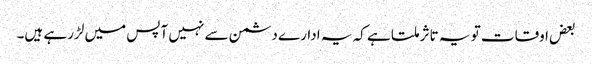
بعض اوقات تو یہ تاثر ملتا ہے کہ یہ ادارے دشمن سے نہیں آپس میں لڑرہے ہیں۔